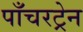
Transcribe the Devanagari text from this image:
पाँचरट्रेन